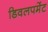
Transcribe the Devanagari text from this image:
डिवलपमेंट